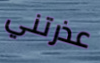
عذرتني